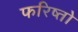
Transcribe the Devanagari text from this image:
फरिष्तो